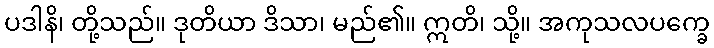
ပဒါနိ၊ တို့သည်။ ဒုတိယာ ဒိသာ၊ မည်၏။ ဣတိ၊ သို့။ အကုသလပက္ခေ